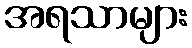
အရသာများ